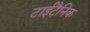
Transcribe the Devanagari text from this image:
टाईटैनिक